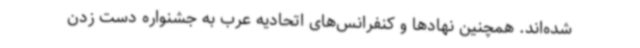
شده‌اند. همچنین نهادها و کنفرانس‌های اتحادیه عرب به جشنواره‌ دست زدن